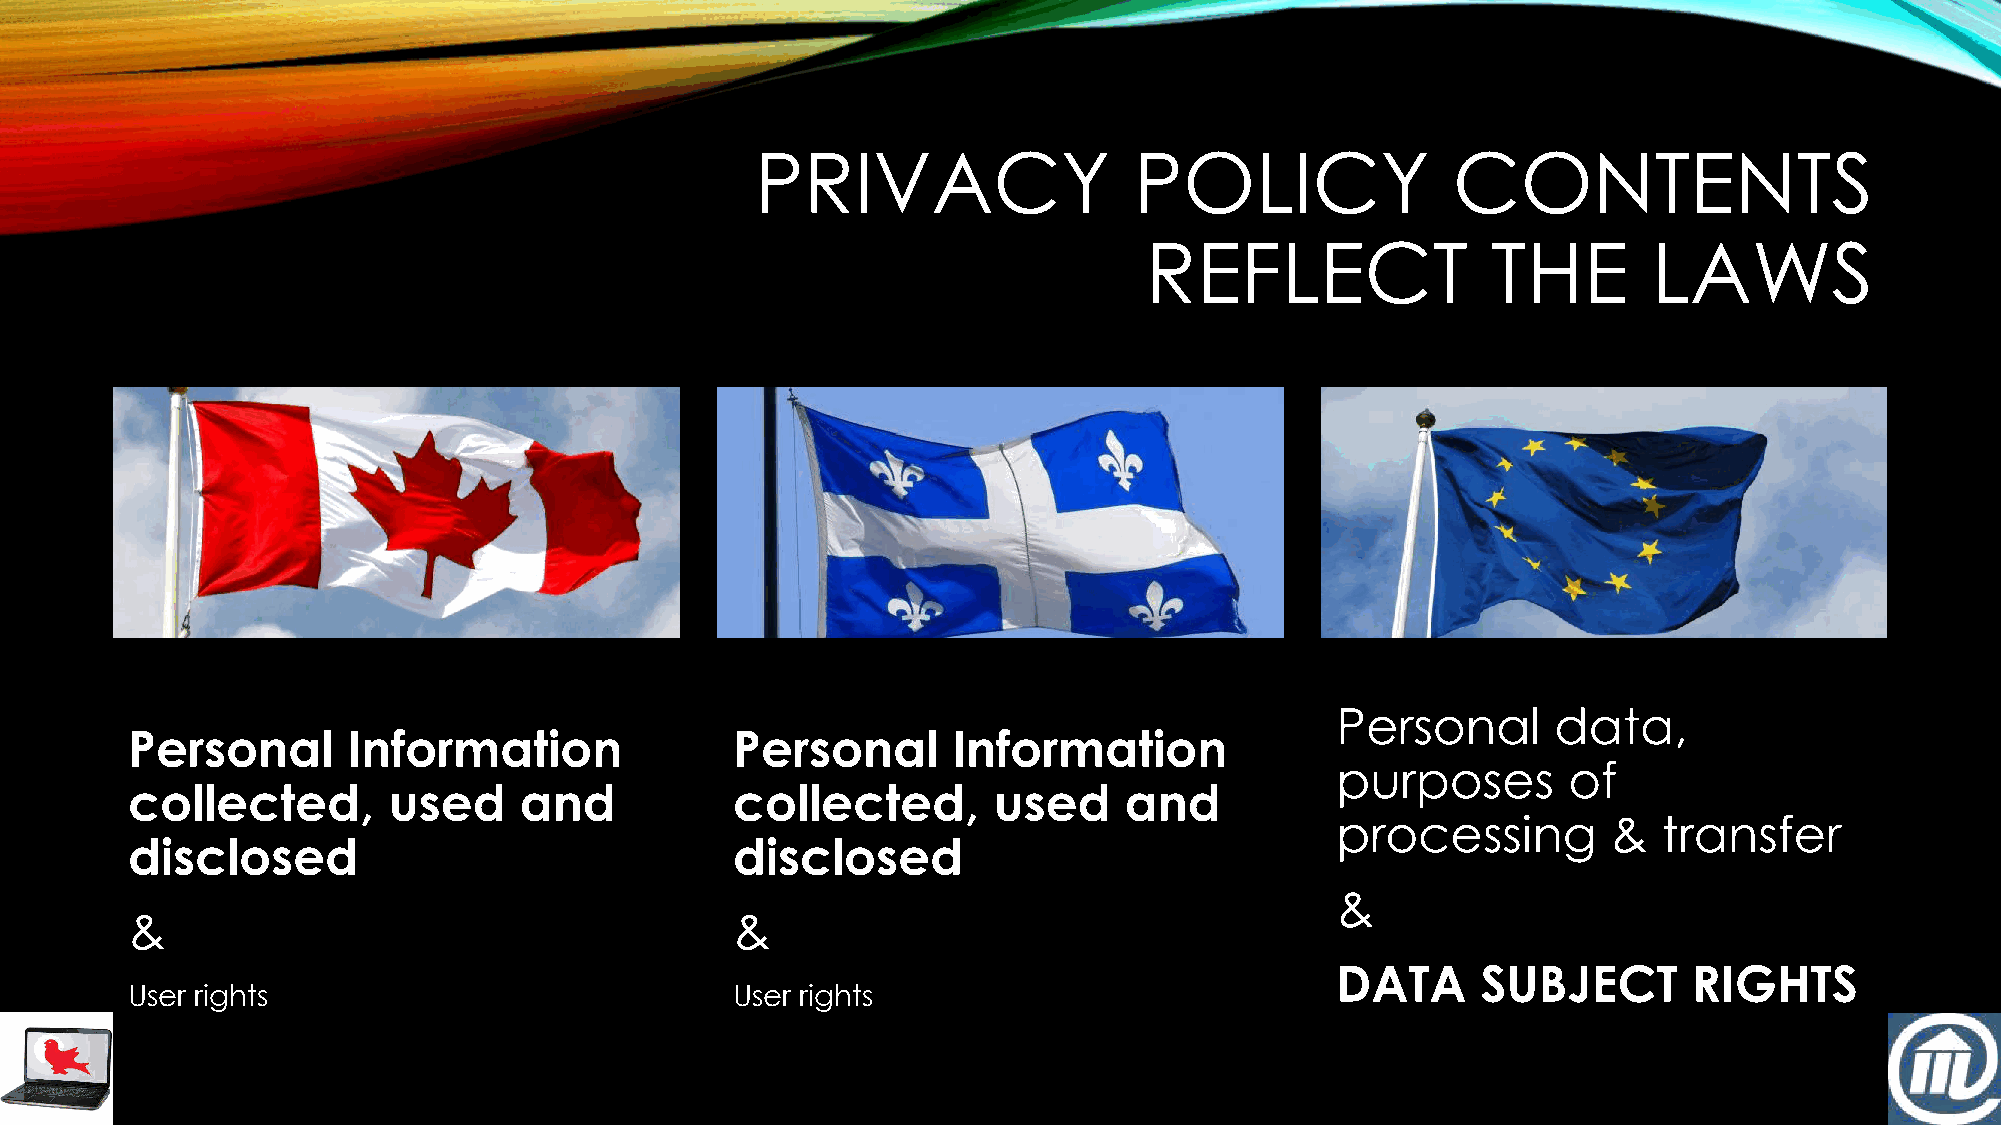
PRIVACY                  POLICY               CONTENTS
 REFLECT                THE       LAWS
 Personal       data,
 Personal       Information               Personal      Information
 purposes        of
 collected,        used    and            collected,       used    and
 processing         &  transfer
 disclosed                                disclosed
 &
 &                                        &
 DATA      SUBJECT       RIGHTS
 User rights                              User rights